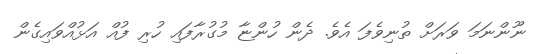
ނޫންނަމަ ވަރަށް ތުނިވެފަ އެވެ. ދެން ހުންޏާ މުގުރާފައި ހުރި ފުއް އަޅުއްވައިގެން